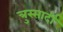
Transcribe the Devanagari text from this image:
त्रुस्सार्दी